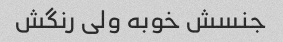
جنسش خوبه ولی رنگش